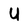
Character: U